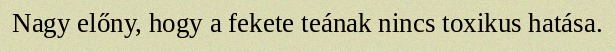
Nagy előny, hogy a fekete teának nincs toxikus hatása.